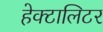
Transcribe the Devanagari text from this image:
हेक्टालिटर